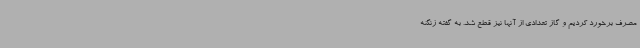
مصرف برخورد کردیم و گاز تعدادی از آنها نیز قطع شد. به گفته زنگنه